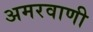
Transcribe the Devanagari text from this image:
अमरवाणी